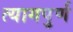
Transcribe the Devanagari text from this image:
त्यागपुर्ण